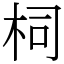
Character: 柌